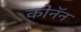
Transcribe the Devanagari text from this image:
कोनॅन